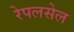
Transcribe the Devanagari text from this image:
रेपलसेल